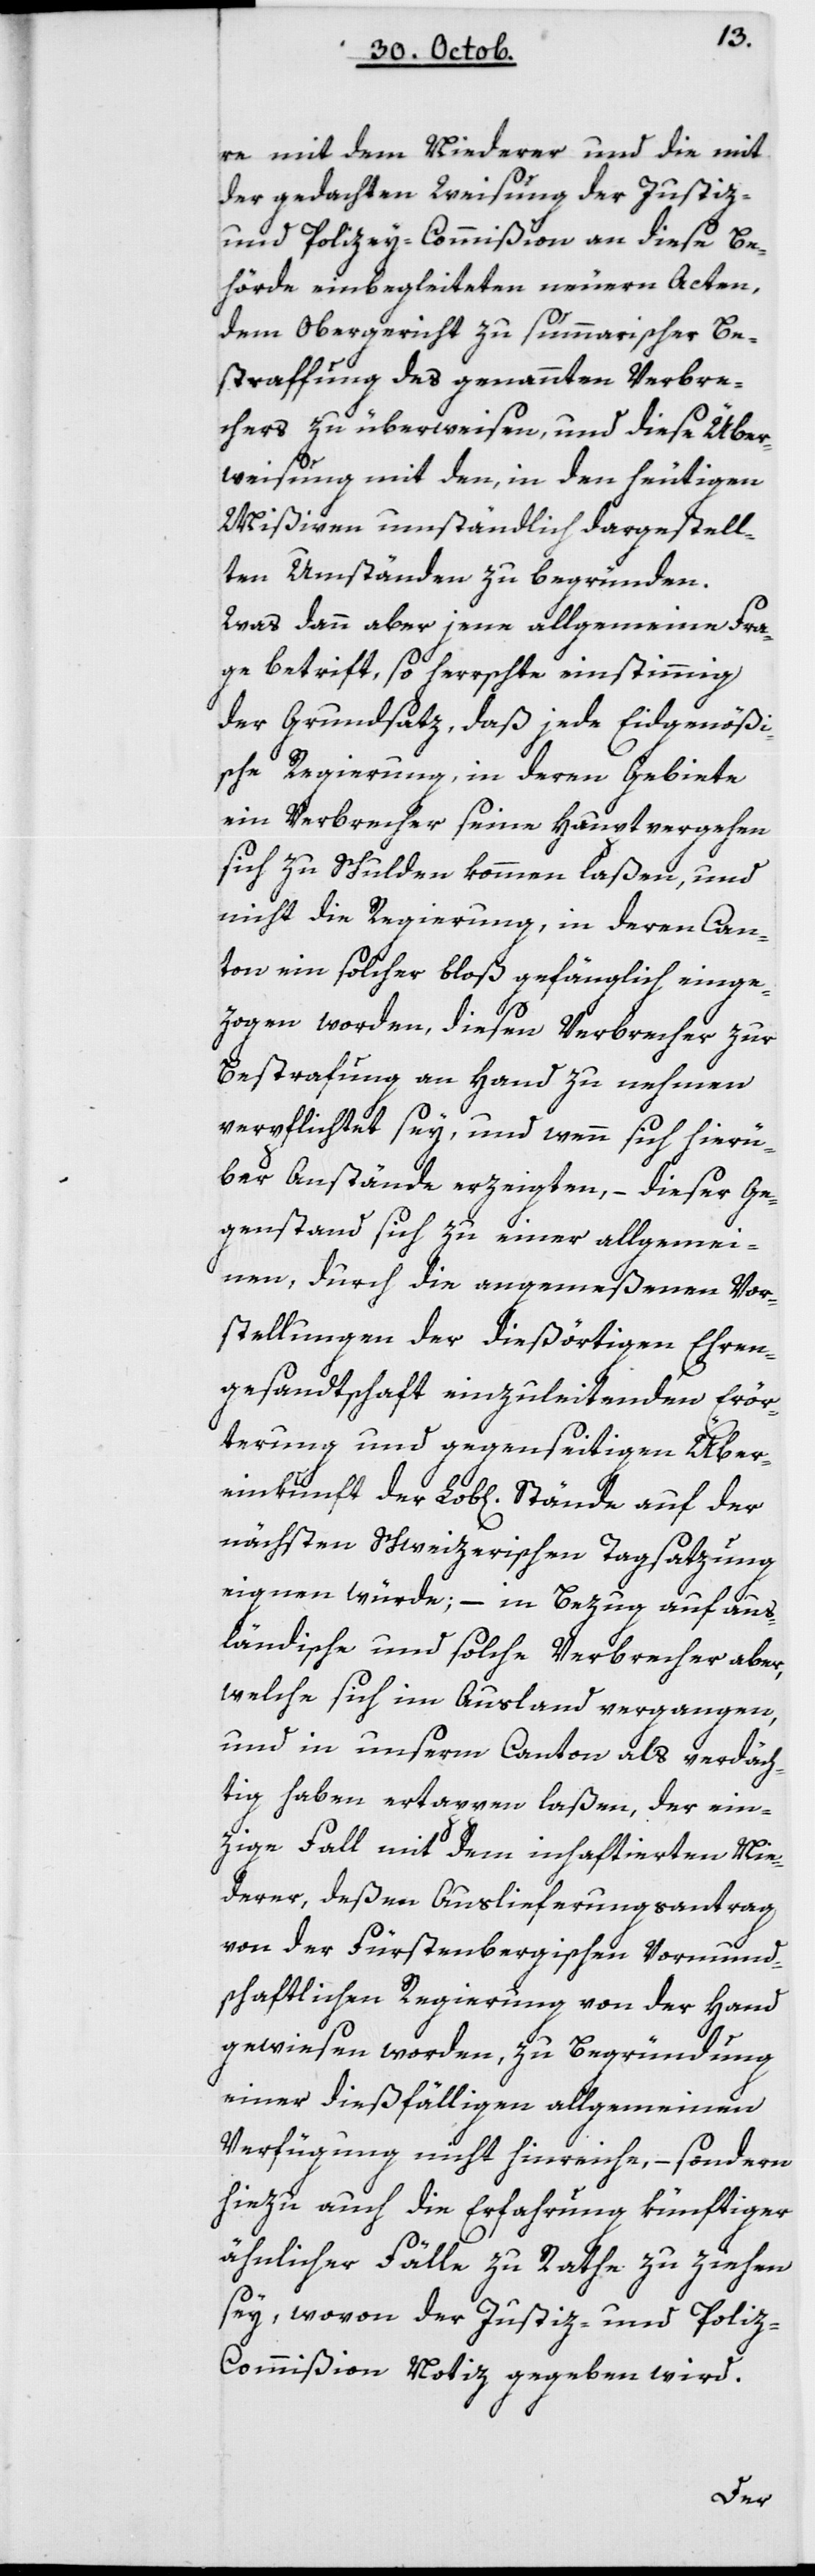
re mit dem Niederer und die mit
der gedachten Weisung der Justiz-
und Polizey-Commißion an diese Be¬
hörde einbegleiteten neueren Acten,
dem Obergericht zu summarischer Be¬
straffung des genannten Verbre¬
chers zu überweisen, und diese Über¬
weisung mit den, in den heutigen
Mißiven umständlich dargestell¬
ten Umständen zu begründen.
Was dann aber jene allgemeine Fra¬
ge betrifft, so herrschte einstimmig
der Grundsatz, daß jede eidgenößi¬
sche Regierung, in deren Gebiete
ein Verbrecher seine Hauptvergehen
kunft
sich zu Schulden kommen laßen, und
nicht die Regierung, in deren Can¬
ton ein solcher bloß gefänglich einge¬
zogen worden, diesen Verbrecher zur
Bestrafung an Hand zu nehmen
verpflichtet sey, und wenn sich hierü¬
ber Anstände erzeigten, – dieser Ge¬
genstand sich zu einer allgemei¬
nen, durch die angemeßenen Vor¬
stellungen der diesörtigen Ehren¬
gesandtschaft einzuleitenden Erör¬
terung und gegenseitigen Überein¬
nächsten Schweizerischen Tagsatzung
eignen würde, – in Bezug auf aus¬
ländische und solche Verbrecher aber,
welche sich im Ausland vergangen,
und in unserm Canton als verdäch¬
tig haben ertappen laßen, der ein¬
zige Fall mit dem inhaftierten Nie¬
derer, deßen Auslieferungsantrag
von der Fürstenbergischen Vormund¬
schaftlichen Regierung von der Hand
gewiesen worden, zu Begründung
einer dießfälligen allgemeinen
Verfügung nicht hinreiche, – sondern
hiezu auch die Erfahrung künftiger
ähnlicher Fälle zu Rathe zu ziehen
sey, wovon der Justiz- und Polize¬
y-Commißion Notiz gegeben wird.
der